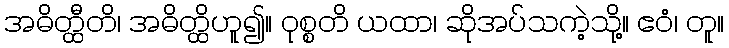
အဓိတ္ထီတိ၊ အဓိတ္ထိဟူ၍။ ဝုစ္စတိ ယထာ၊ ဆိုအပ်သကဲ့သို့။ ဧဝံ၊ တူ။